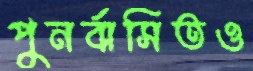
পুনর্বাসিতও